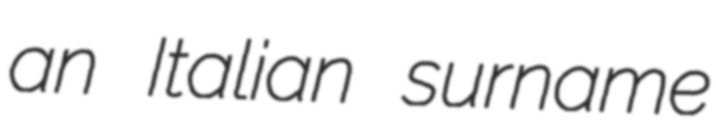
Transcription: an Italian surname